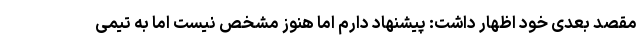
مقصد بعدی خود اظهار داشت: پیشنهاد دارم اما هنوز مشخص نیست اما به تیمی